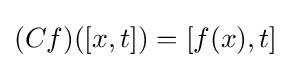
(Cf)([x,t])=[f(x),t]